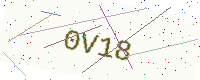
Text: 0V18